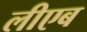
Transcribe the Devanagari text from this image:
लीएब